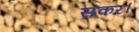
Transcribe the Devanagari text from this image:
संकर।